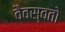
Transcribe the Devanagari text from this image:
वैवस्वतो